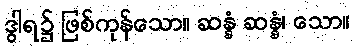
ဒွါရ၌ ဖြစ်ကုန်သော။ ဆန္နံ ဆန္နံ၊ သော။